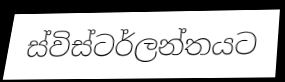
ස්විස්ටර්ලන්තයට